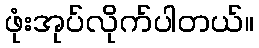
ဖုံးအုပ်လိုက်ပါတယ်။